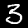
Label: 3